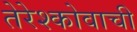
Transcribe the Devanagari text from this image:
तेरेश्कोवाची